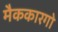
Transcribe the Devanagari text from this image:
मैककारगो